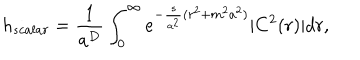
h _ { s c a l a r } = \frac { 1 } { a ^ { D } } \int _ { 0 } ^ { \infty } e ^ { - \frac { s } { a ^ { 2 } } ( r ^ { 2 } + m ^ { 2 } a ^ { 2 } ) } | C ^ { 2 } ( r ) | d r ,